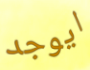
ايوجد